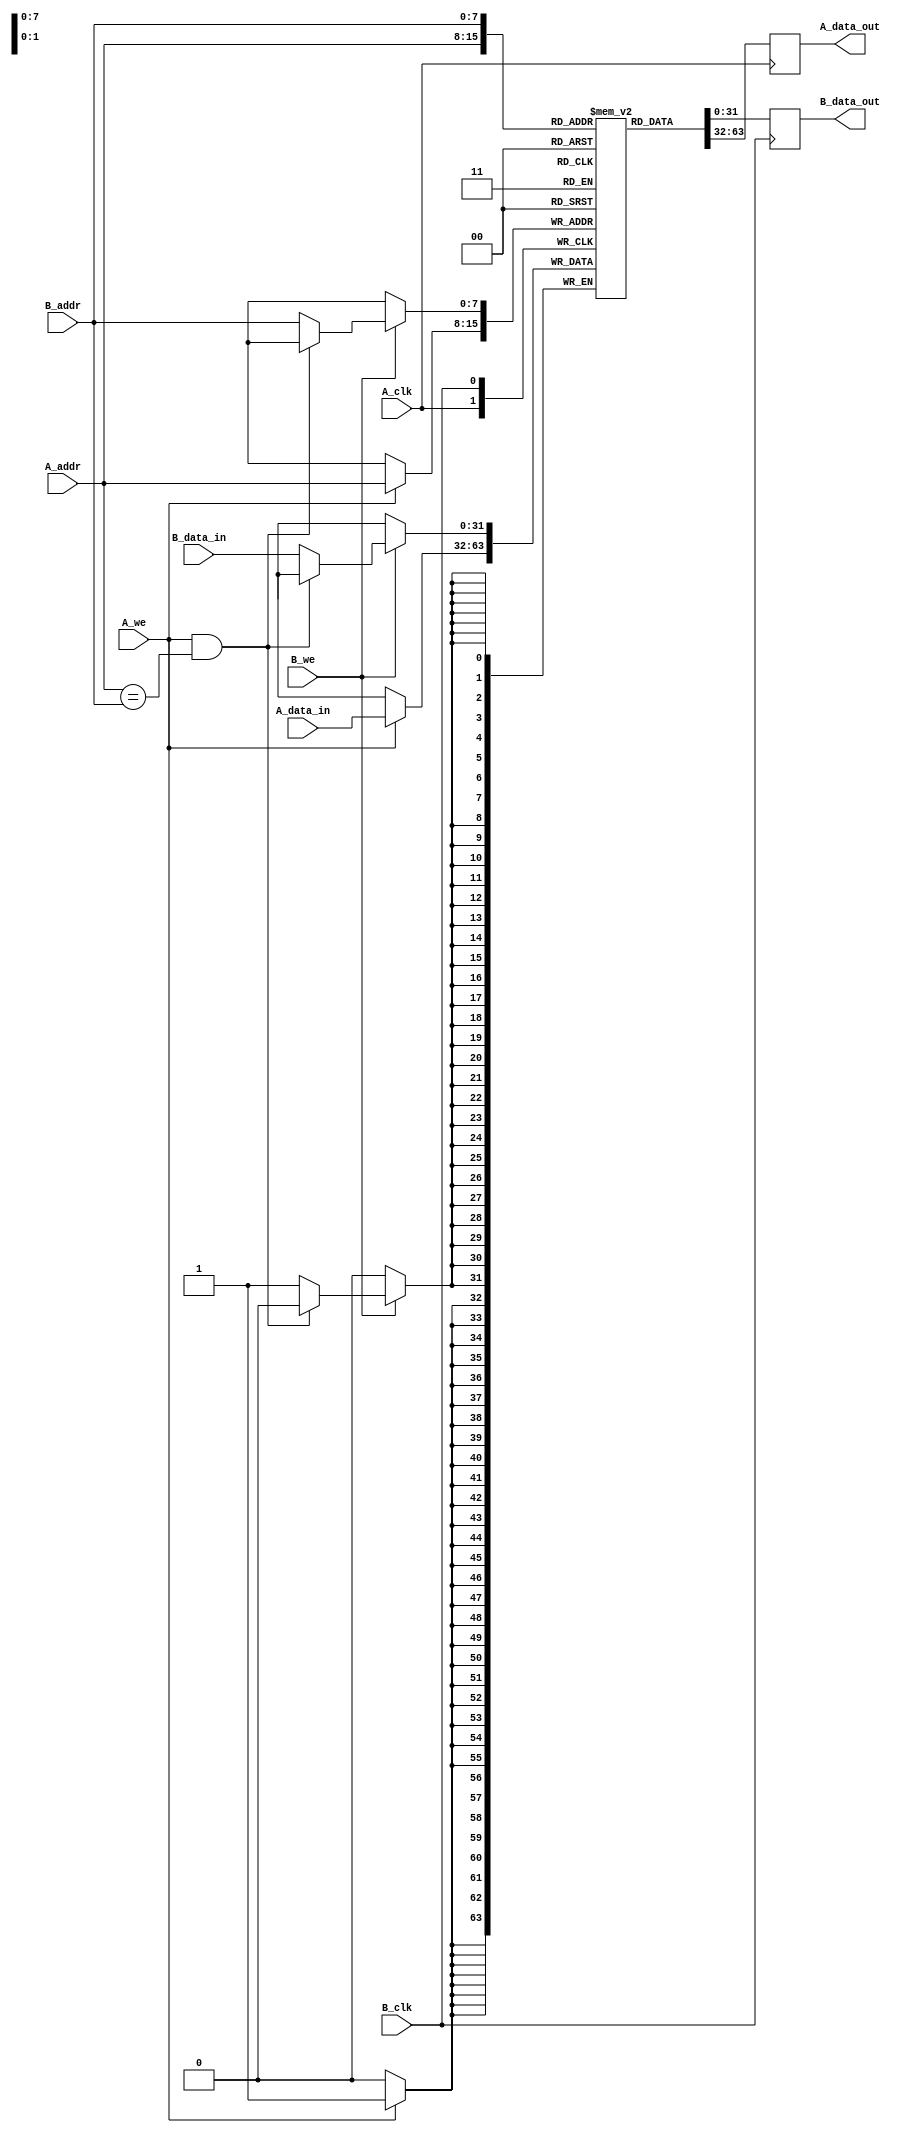
module dual_port_bram #(
    parameter DATA_WIDTH = 32,  // Configurable data width (8, 16, 32, 64 bits)
    parameter DEPTH = 256        // Configurable depth (256, 512, 1024, etc.)
)(
    // Port A
    input wire [clog2(DEPTH)-1:0] A_addr,     // Address for Port A
    input wire [DATA_WIDTH-1:0] A_data_in,     // Data input for Port A
    input wire A_we,                           // Write enable for Port A
    input wire A_clk,                          // Clock for Port A
    output reg [DATA_WIDTH-1:0] A_data_out,   // Data output for Port A

    // Port B
    input wire [clog2(DEPTH)-1:0] B_addr,     // Address for Port B
    input wire [DATA_WIDTH-1:0] B_data_in,     // Data input for Port B
    input wire B_we,                           // Write enable for Port B
    input wire B_clk,                          // Clock for Port B
    output reg [DATA_WIDTH-1:0] B_data_out    // Data output for Port B
);

    // Memory array
    reg [DATA_WIDTH-1:0] mem [0:DEPTH-1];

    // Write and Read logic for Port A
    always @(posedge A_clk) begin
        if (A_we) begin
            mem[A_addr] <= A_data_in; // Write data to memory
        end
        A_data_out <= mem[A_addr]; // Read data from memory
    end

    // Write and Read logic for Port B
    always @(posedge B_clk) begin
        if (B_we) begin
            // Check for simultaneous write to the same address
            if (!(A_we && (A_addr == B_addr))) begin
                mem[B_addr] <= B_data_in; // Write data to memory
            end
        end
        B_data_out <= mem[B_addr]; // Read data from memory
    end

    // Function to calculate log2
    function integer clog2(input integer value);
        begin
            value = value - 1;
            for (clog2 = 0; value > 0; clog2 = clog2 + 1)
                value = value >> 1;
        end
    endfunction

endmodule